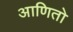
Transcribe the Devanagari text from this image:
आणितो